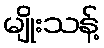
မျိုးသန့်